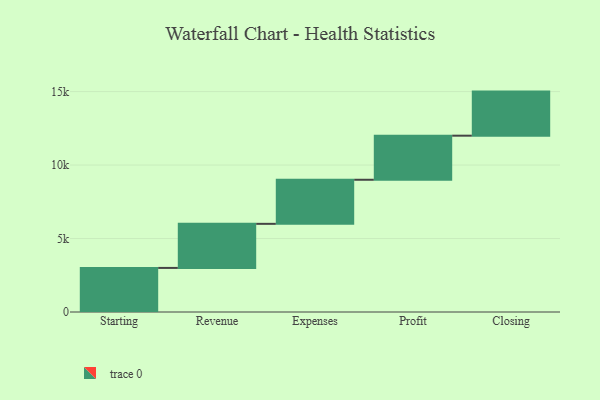
{"axis": {"x": "Step", "y": "Value"}, "legend": [""], "data": [{"x": "Starting", "y": 3000, "type": ""}, {"x": "Revenue", "y": 3000, "type": ""}, {"x": "Expenses", "y": 3000, "type": ""}, {"x": "Profit", "y": 3000, "type": ""}, {"x": "Closing", "y": 3000, "type": ""}]}